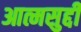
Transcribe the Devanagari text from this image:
आत्मसुद्दी